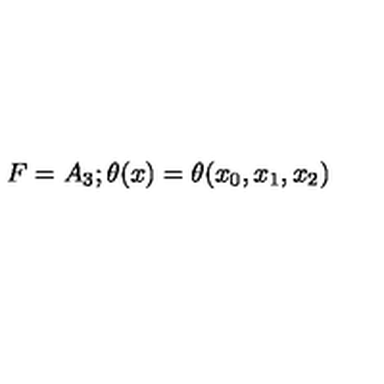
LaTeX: F = A _ { 3 } ; \theta ( x ) = \theta ( x _ { 0 } , x _ { 1 } , x _ { 2 } )